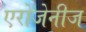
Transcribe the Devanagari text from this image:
एरोजेनीज